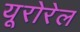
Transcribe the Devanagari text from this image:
यूरोरेल